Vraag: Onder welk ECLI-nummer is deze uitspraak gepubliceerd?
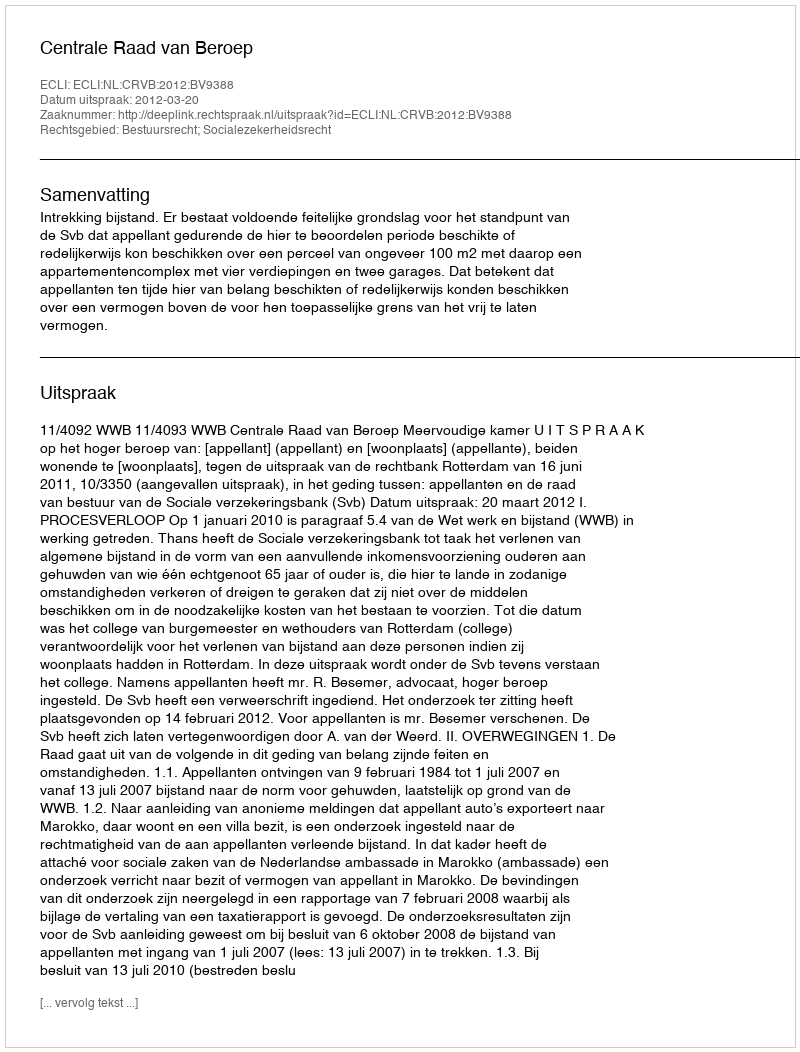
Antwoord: ECLI:NL:CRVB:2012:BV9388